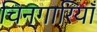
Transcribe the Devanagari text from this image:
चिन्गारियाँ